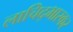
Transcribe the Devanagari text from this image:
लाचिद्भास्कर